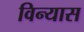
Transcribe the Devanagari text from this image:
विन्‍यास